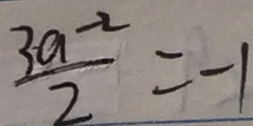
\frac { 3 a ^ { - 2 } } { 2 } = - 1